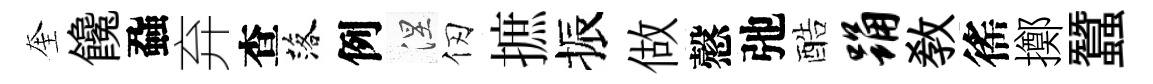
奎饞蝨弃查落例涅仞摭振做慤弛酷踊教徭擲蠶